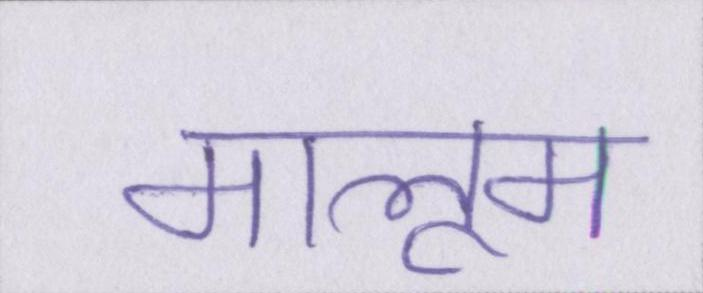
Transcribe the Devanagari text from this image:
मालूम